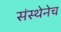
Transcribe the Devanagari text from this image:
संस्थेनेच